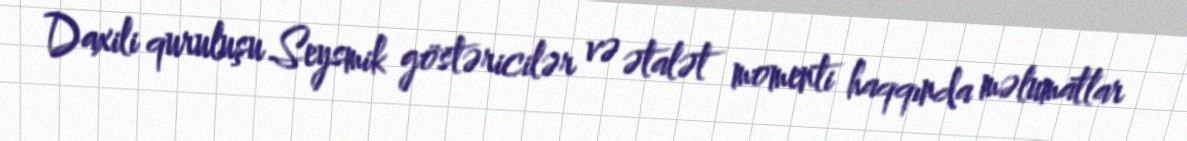
Daxili quruluşu Seysmik göstəricilər və ətalət momenti haqqında məlumatlar